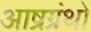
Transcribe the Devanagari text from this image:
आष्रग्रंथों